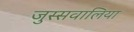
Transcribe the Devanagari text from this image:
जुस्सवालिया